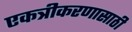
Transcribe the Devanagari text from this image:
एकत्रीकरणासाठी